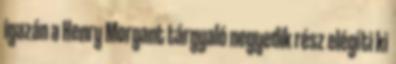
igazán a Henry Morgant tárgyaló negyedik rész elégíti ki